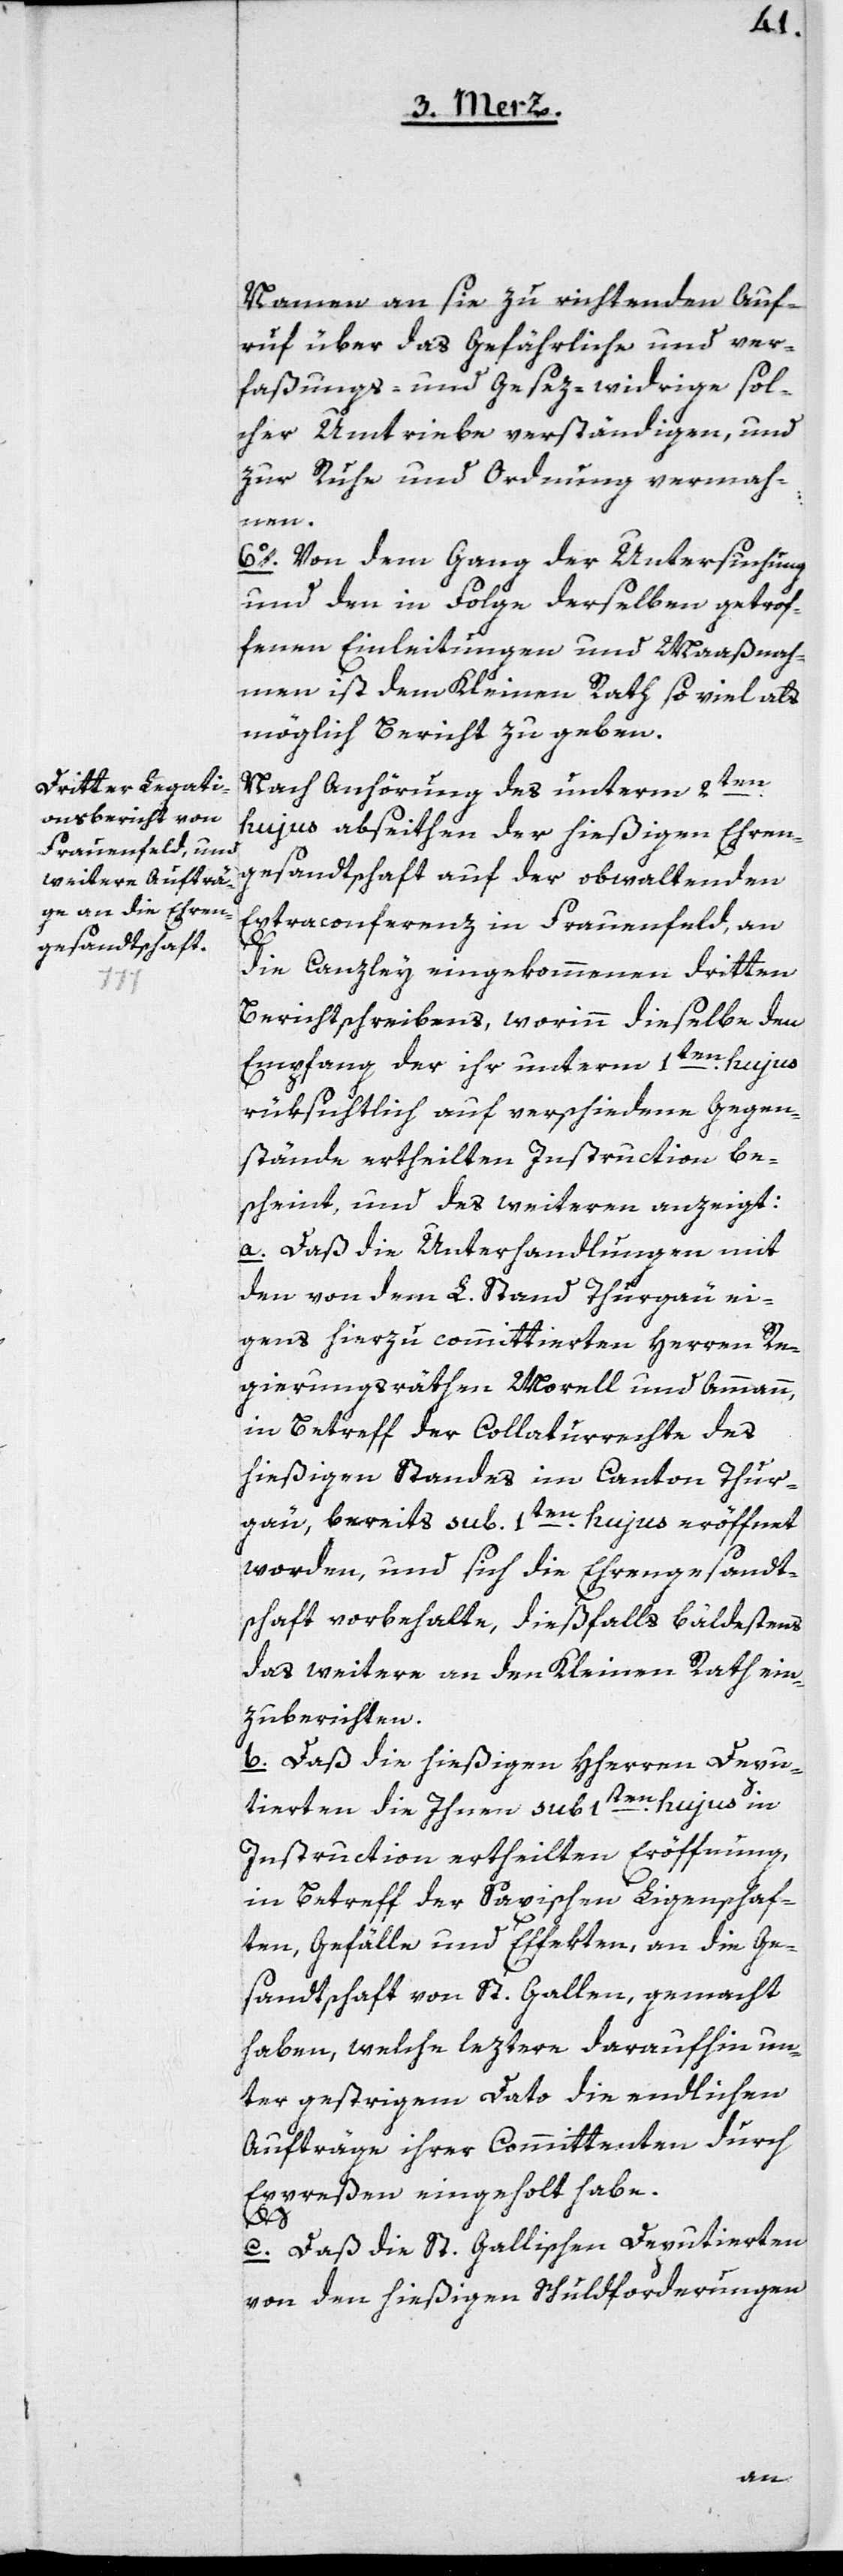
Namen an sie zu richtenden Auf¬
ruf über das Gefährliche und ver¬
faßungs- und Gesez-widrige sol¬
cher Umtriebe verständigen, und
zur Ruhe und Ordnung vermah¬
nen.
6o. Von dem Gang der Untersuchung
und den in Folge derselben getrof¬
fenen Einleitungen und Maaßnah¬
men ist dem Kleinen Rath so viel als
möglich Bericht zu geben.
Nach Anhörung des unterm 2ten
hujus abseiten der hießigen Ehren¬
gesandtschaft auf der obwaltenden
Extraconferenz in Frauenfeld, an
die Canzley eingekommenen dritten
Berichtschreibens, worinn dieselbe den
Empfang der ihr unterm 1ten hujus
rüksichtlich auf verschiedene Gegen¬
stände ertheilten Instruction be¬
scheint, und des weiteren anzeigt:
a. Daß die Unterhandlungen mit
den von dem L. Stand Thurgau ei¬
gens hierzu committierten Herren Re¬
gierungsrähten Morell und Ammann,
in Betreff der Collaturrechte des
hießigen Standes im Canton Thur¬
gau, bereits sub 1ten hujus eröffnet
worden, und sich die Ehrengesandt¬
schaft vorbehalte, dießfalls bäldestens
das weitere an den Kleinen Rath ein¬
zuberichten.
b. Daß die hießigen HHerren Depu¬
tierten die Ihnen sub 1ten hujus in
Instruction ertheilten Eröffnung,
in Betreff der Saxischen Ligenschaf¬
ten, Gefälle und Effekten, an die Ge¬
sandtschaft von St. Gallen, gemacht
haben, welche leztere daraufhin un¬
ter gestrigem Dato die endlichen
Aufträge ihrer Committenten durch
Expressen eingeholt habe.
c. Daß die St. Gallischen Deputierten
von den hießigen Schuldforderungen